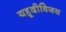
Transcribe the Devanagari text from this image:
यहूदीविजय